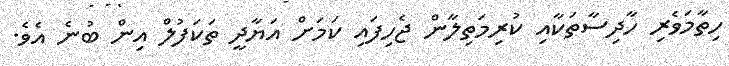
ހިތާމަވެރި ހާދިސާތަކާއި ކުރިމަތިލާން ޖެހިފައި ކަމަށް އަޔާދީ ތަކަފުލް އިން ބުނެ އެވެ.